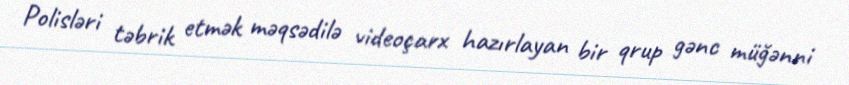
Polisləri təbrik etmək məqsədilə videoçarx hazırlayan bir qrup gənc müğənni